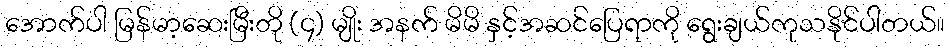
အောက်ပါ မြန်မာ့ဆေးမြီးတို (၄) မျိုး အနက် မိမိ နှင့်အဆင်ပြေရာကို ရွေးချယ်ကုသနိုင်ပါတယ်။